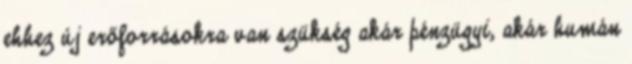
ehhez új erőforrásokra van szükség akár pénzügyi, akár humán